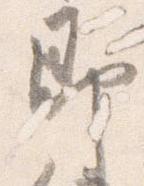
即